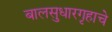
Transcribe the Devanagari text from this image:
बालसुधारगृहाचे